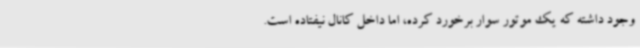
وجود داشته که یک موتور سوار برخورد کرده، اما داخل کانال نیفتاده است.